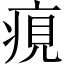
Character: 𤶻